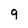
Character: g